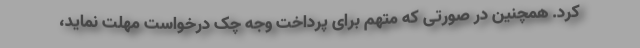
کرد. همچنین در صورتی که متهم برای پرداخت وجه چک درخواست مهلت نماید،